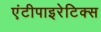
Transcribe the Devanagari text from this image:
एंटीपाइरेटिक्स